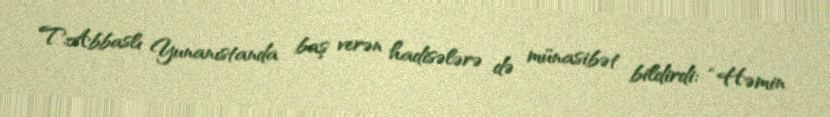
T.Abbaslı Yunanıstanda baş verən hadisələrə də münasibət bildirdi: “Həmin